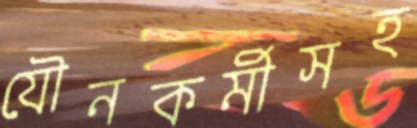
যৌনকর্মীসহ